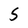
Character: S